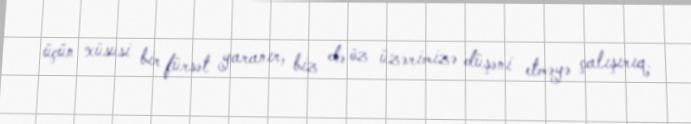
üçün xüsusi bir fürsət yaranır, biz də öz üzərimizə düşəni etməyə çalışırıq.